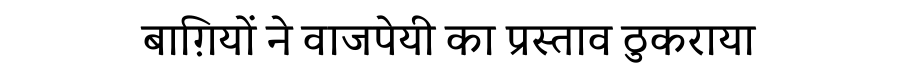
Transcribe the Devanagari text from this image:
बाग़ियों ने वाजपेयी का प्रस्ताव ठुकराया